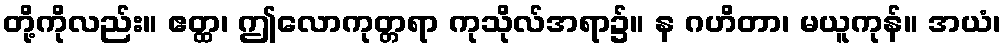
တို့ကိုလည်း။ ဧတ္ထ၊ ဤလောကုတ္တရာ ကုသိုလ်အရာ၌။ န ဂဟိတာ၊ မယူကုန်။ အယံ၊